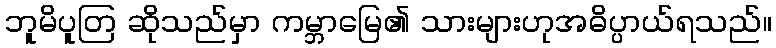
ဘူမိပူတြ ဆိုသည်မှာ ကမ္ဘာမြေ၏ သားများဟုအဓိပ္ပာယ်ရသည်။